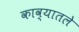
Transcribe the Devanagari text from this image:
काव्यातले